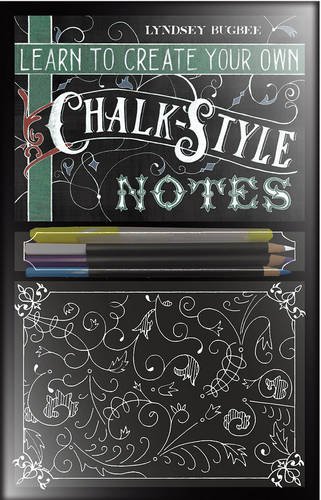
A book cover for Learn to Create Your Own Chalk Style Notes: Includes White Gel Pens, Chalk Pencils, Black Paper Note Cards and  Postcards and an 32 page Instruction Book; Lindsey Bugbee; Arts & Photography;